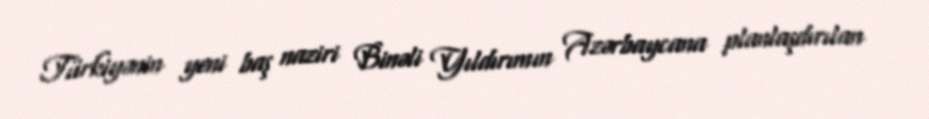
Türkiyənin yeni baş naziri Binəli Yıldırımın Azərbaycana planlaşdırılan